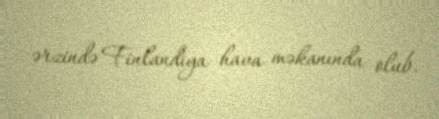
ərzində Finlandiya hava məkanında olub.